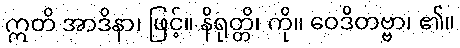
ဣတိ အာဒိနာ၊ ဖြင့်။ နိရုတ္တိ၊ ကို။ ဝေဒိတဗ္ဗာ၊ ၏။